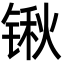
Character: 锹